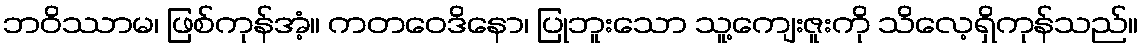
ဘဝိဿာမ၊ ဖြစ်ကုန်အံ့။ ကတဝေဒိနော၊ ပြုဘူးသော သူ့ကျေးဇူးကို သိလေ့ရှိကုန်သည်။